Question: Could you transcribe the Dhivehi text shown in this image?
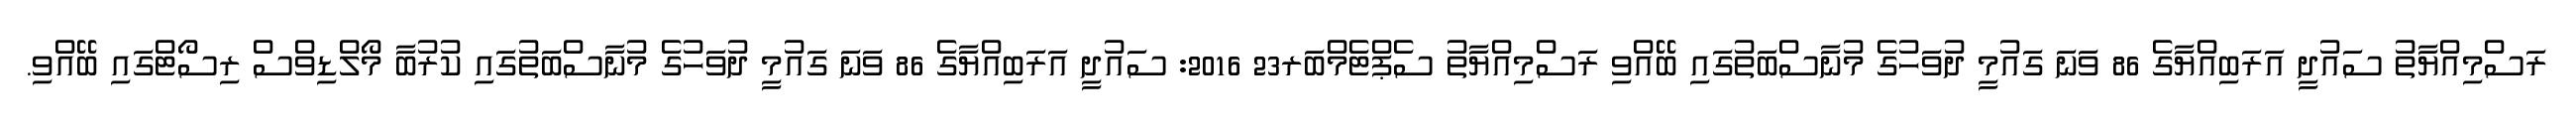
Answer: ރަސްމިއްޔާތު ސައުދީ އަރަބިއްޔާގެ 86 ވަނަ ގައުމީ ދުވަހުގެ މުނާސްބަތުގައި ބޭއްވި ރަސްމިއްޔާތު ސެޕްޓެމްބަރ23 2016: ސައުދީ އަރަބިއްޔާގެ 86 ވަނަ ގައުމީ ދުވަހުގެ މުނާސްބަތުގައި ކުރުބާ މޯލްޑިވްސް ރިސޯޓްގައި ބޭއްވި.